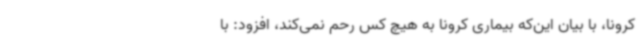
کرونا، با بیان این‌که بیماری کرونا به هیچ کس رحم نمی‌کند، افزود: با